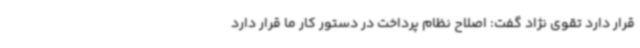
قرار دارد تقوی نژاد گفت: اصلاح نظام پرداخت در دستور کار ما قرار دارد